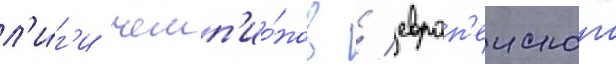
л'и́г'и чемп'ио́нов / европ'еиского